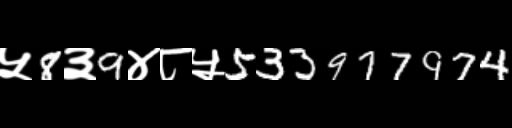
Text: ५8३9४८५533977974